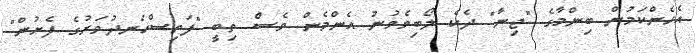
އެހެންކަމުން ބިންމާގެ "ޖިނާ" ދެކެ ލޯބިވެވުނު އެންމެން ވެސް ތިބީ "ފަތިސްހަނދުވަރުގެ ފެށުން"